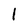
Character: l